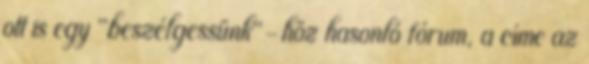
ott is egy "beszélgessünk"-höz hasonló fórum, a címe az